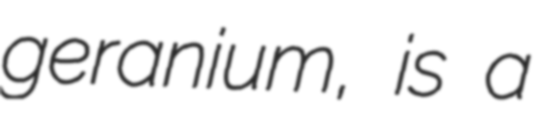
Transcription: geranium, is a